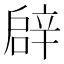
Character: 𨐙